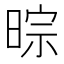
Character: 𣇼